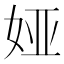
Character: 娅